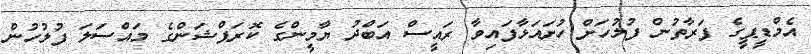
އެމްޑީޕީގެ ފަރާތުން ފުލުހަށް ހުށައަޅާފައިވާ ރައީސް އަބްދު ޔާމީންގެ ކޮރަޕްޝަންގެ މައްސަލަ ފުލުހުން